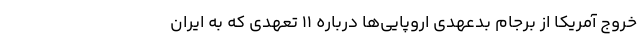
خروج آمریکا از برجام بدعهدی اروپایی‌ها درباره ۱۱ تعهدی که به ایران